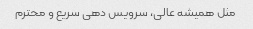
مثل همیشه عالی، سرویس دهی سریع و محترم